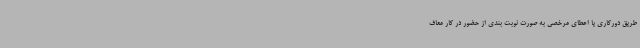
طریق دورکاری یا اعطای مرخصی به صورت نوبت بندی از حضور در کار معاف